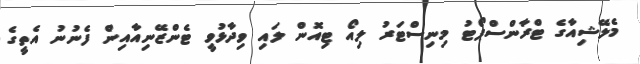
މެލޭޝިއާގެ ޓްރާންސްޕޯޓު މިނިސްޓަރު ލިއޯ ޓިއޮން ލައި ވިދާޅުވީ ޓެންޒޭނިއާއިން ފެނުނު އެތީގެ